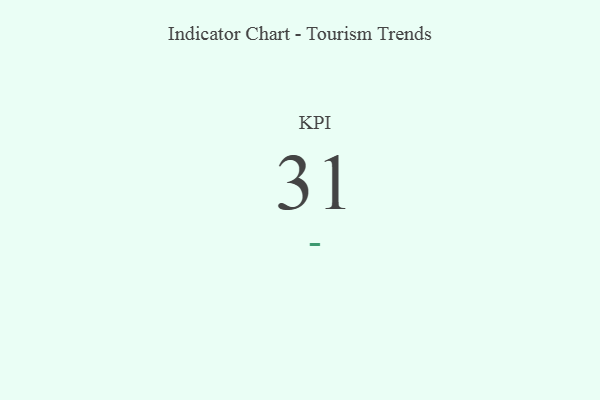
{"axis": {"x": "KPI", "y": "Value"}, "legend": [""], "data": [{"x": "KPI", "y": 31, "type": ""}]}